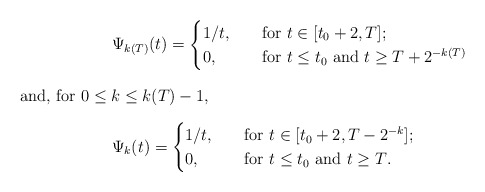
\begin{align*}&\Psi_{k(T)}(t)=\begin{cases}1/t, & \quad\mbox{for $t\in[t_0+2,T]$;}\\0, & \quad\mbox{for $t\le t_0$ and $t\ge T+2^{-k(T)}$}\end{cases}\intertext{and, for $0\le k\le k(T)-1$,}&\Psi_{k}(t)=\begin{cases}1/t, & \quad\mbox{for $t\in[t_0+2,T-2^{-k}]$;}\\0, & \quad\mbox{for $t\le t_0$ and $t\ge T$.}\end{cases}\end{align*}